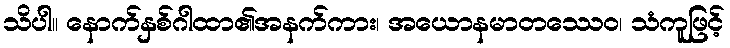
သိပါ။ နောက်နှစ်ဂါထာ၏အနက်ကား၊ အယောနမာတဿေဝ၊ သံကူဖြင့်